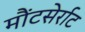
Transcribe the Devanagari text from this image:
मौंटसेर्राट